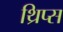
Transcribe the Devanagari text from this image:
थ्रिप्‍स